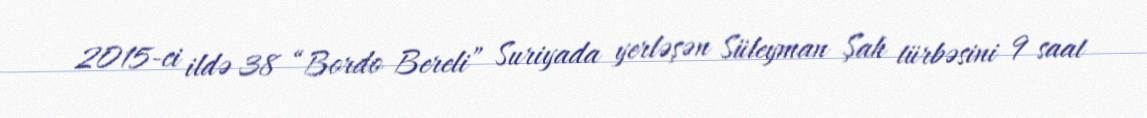
2015-ci ildə 38 “Bordo Bereli” Suriyada yerləşən Süleyman Şah türbəsini 9 saat